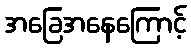
အခြေအနေကြောင့်